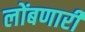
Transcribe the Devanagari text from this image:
लोंबणारी